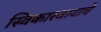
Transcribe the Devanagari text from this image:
स्विकारवायाचे